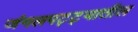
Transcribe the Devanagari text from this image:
जंगलपट्ट्यातील